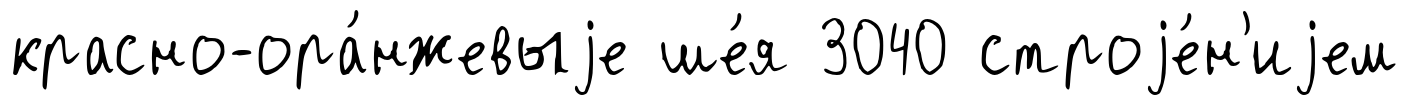
красно-ора́нжевыjе ше́я 3040 строjе́н'иjем